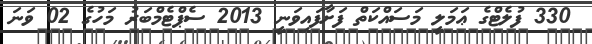
330 ފުލެޓްގެ ޢަމަލީ މަސައްކަތް ފަށާފައިވަނީ 2013 ސެޕްޓެމްބަރު މަހުގެ 02 ވަނަ